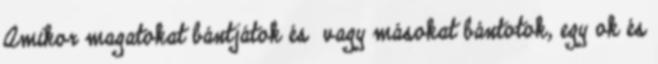
Amikor magatokat bántjátok és vagy másokat bántotok, egy ok és